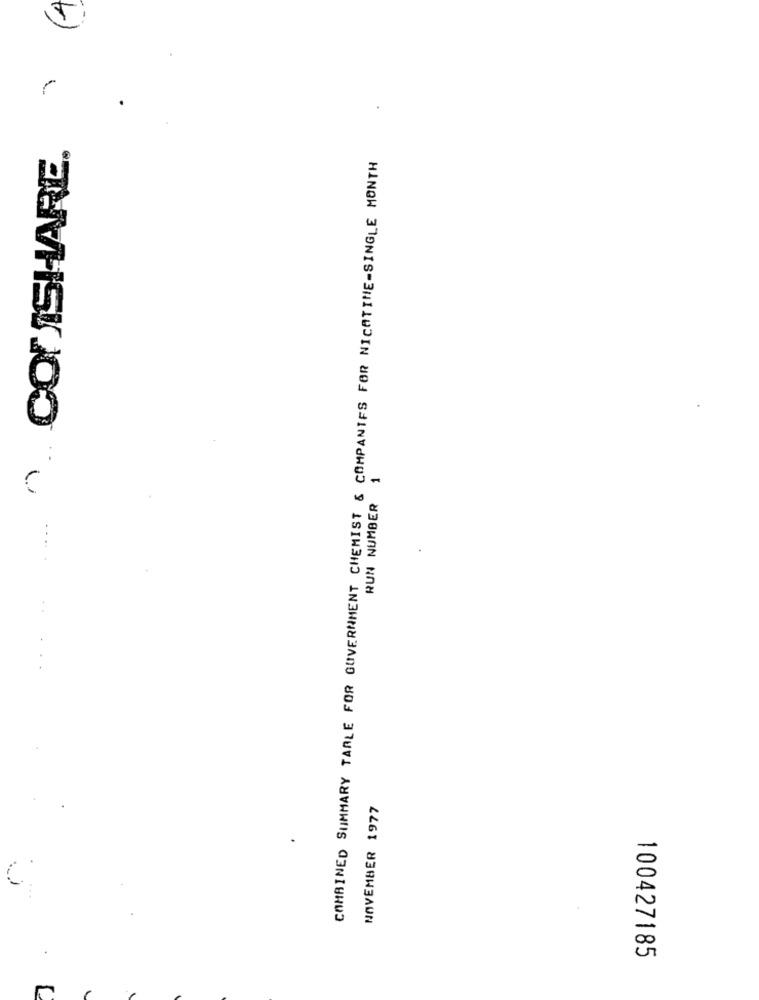
... ^. CONISHARE.
COMBINED SUMMARY TABLE FOR GOVERNMENT CHEMIST & COMPANIES FOR NICOTINE-SINGLE MONTH
RUN NUMBER 1
NOVEMBER 1977
C.
100427185